[Report on the health of British troops in the Madras command]
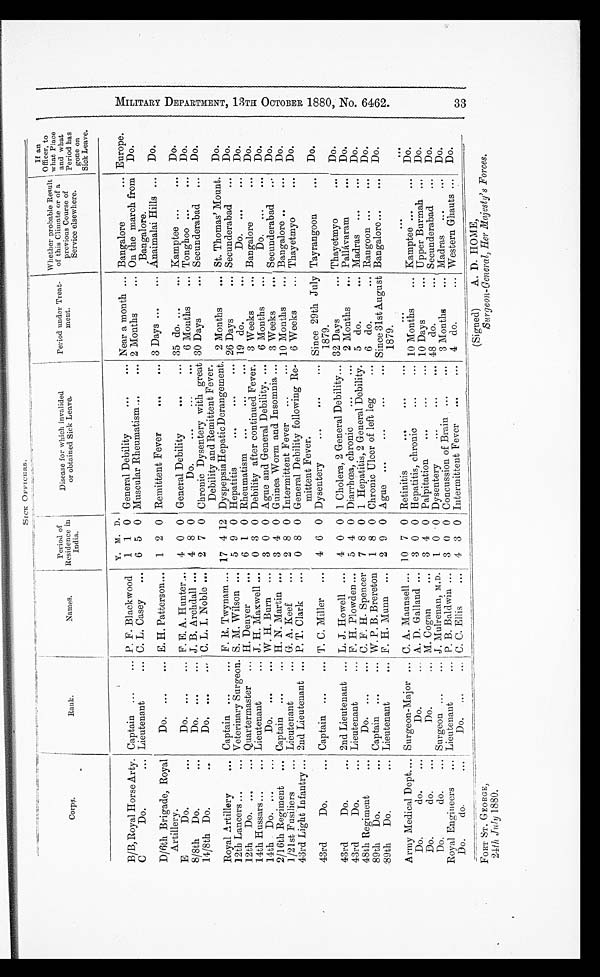
SICK OFFICERS.
Crops.
Rank.
Names.
P e r i o d o f R e s i d e n c e i n I n d i a .
Disease for which invalided or obtained Sick Leave.
Period under Treat-ment. Whether probable Result of this Climate or of a previous Course of Service elsewhere.
I f a n O f f i c e r , t o w h a t P l a c e a n d w h a t P e r i o d h a s g o n e o n S i c k L e a v e .
Y M D
B/B, Royal Horse Arty. Captain ...
... P. F. Blackwood
1 1 0 General Debility
...
... Near a month ... Bangalore
... Europe.
C
Do.
... Lieutenant
... C. L. Casey
...
6 5 0 Muscular Rheumatism ...
... 2 Months
... On the march from
Bangalore.
Do.
D/ 6th Brigade, Royal
Artillery.
Do. ... ...
... E. H. Patterson... 1 2 0 Remittent Fever
...
... 3 Days ...
... Anaimalai Hills ... Do.
E
Do
Do.
...
...
... F. E. A. Hunter... 4 0 0 General Debility
...
... 35 do. ...
... Kamptee ...
... Do.
8/8th Do. ...
8/8th Do....
...
Do. ...
...
... J. B. Archdall... 4 8 0
Do.
...
...
... 6 Months
... Tonghoo ...
... Do.
14/8th Do. ..
Do.
... ...
... C. L. I. Noble ...
2 7 0 Chronic Dysentery with great
Debility and Remittent Fever,
30 Days
... Secunderabad ... Do.
Royal Artillery
... Captain ...
... F. R. Twynam ... 17 4 12 Dyspepsia Hepatic Derangement. 2 Months
... St. Thomas' Mount.
Do.
12th Lancers ...
... Veterinary Surgeon. ... S. M. Wilson ... 5 9 0 Hepatitis
...
...
... 26 Days
... Secunderabad ... Do.
12th Do. ...
... Quartermaster ... H. Denyer
... 6 1 0 Rheumatism
...
...
... 19 do.
...
Do.
...
... Do.
14th Hussars ...
Lieutenant
... J. H. Maxwell ...
0 3 0 Debility after continued Fever.
3 Weeks
... Bangalore
... Do.
14th Do.
...
...
Do.
...
...
W. H. Burn
...
3 0 0 Ague and General Debility. ...
6 Months
...
Do.
...
... Do.
2/16th Regiment
... Captain ...
... H. N. Martin ...
3 4 0 Guinea Worm and Insomnia ...
3 Weeks
.... Secunderabad ... Do.
1/21st Fusiliers
Lieutenant ...
... G. A. Keef
2 8 0 Intermittent Fever ...
... 10 Months
... Bangalore ..
... Do.
43rd Light Infantry ... 2nd Lieutenant
...
P. T. Clark
...
0 8 0 General Debility following Re-
mittent Fever.
6 Weeks
... Thayetmyo
... Do.
43rd
Do. ...
Captain ...
... T. C. Miller
... 4 6 0 Dysentery
...
...
... Since 29th July
1879.
Tayrangoon
... Do.
43rd
Do.
... 2nd Lieutenant ... L. J. Howell ...
4 0 0 1 Cholera, 2 General Debility... 32 Days
... Thayetmyo
... Do.
43rd
Do.
Lieutenant
. . .
F. H. Plowden ...
5 4 0 Diarrhœa, chronic
...
... 2 Months
... Pallávaram
... Do.
48th Regiment ...
Do. ... ...
... C. F. H. Spencer
7 8 0 1 Hepatitis, 2 General Debility.
5 do.
... Madras ...
... Do.
89th
Do.
...
Captain ... ...
... W. P. B. Brereton
1 8 0 Chronic Ulcer of left leg
... 6 do.
... Rangoon ...
... Do.
89th
Do.
... Lieutenant
...
...
F. H. Munn ...
2 9
0 Ague ... ...
...
... Since 31st August
1879.
Bangalore...
... Do.
Army Medical Dept.... Surgeon-Major ... C. A. Maunsell ... 10 7
0 Retinitis
...
...
...
......
...
...
... ...
Do.
do.
...
Do.
...
Do.
...
Do.
...
Do.
...
Do.
...
... A. D. Galland ...
3 0 0 Hepatitis, chronic
...
... 10 Months
... Kamptee ...
... Do.
Do.
do. ...
Do.
...
...
Cogan
...
3 4 0 Palpitation
...
...
... 10 Days
... Upper Burmah ... Do.
Do.
do.
... Surgeon
...
J. Mulrenan, M.D. 1
0
0 Dysentery
...
...
... 48 do.
... Secunderabad ... Do.
Royal Engineers ... Lieutenant
...
...
P. B. Baldwin ...
3 0 0 Concussion of Brain ...
... 3 Months
... Madras
...
... Do.
D o . d o . . . .
Do.
. . .
...
C. C. Ellis
... 4 3 0 Intermittent Fever
...
... 4 do.
... Western Ghauts ... Do.
FORT ST. GEORGE,
(Signed)
A. D. HOME,
24th July 1880.
Surgeon-General, Her Majesty's Forces.